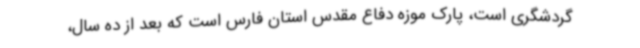
گردشگری است، پارک موزه دفاع مقدس استان فارس است که بعد از ده سال،